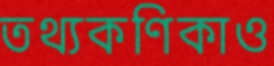
তথ্যকণিকাও